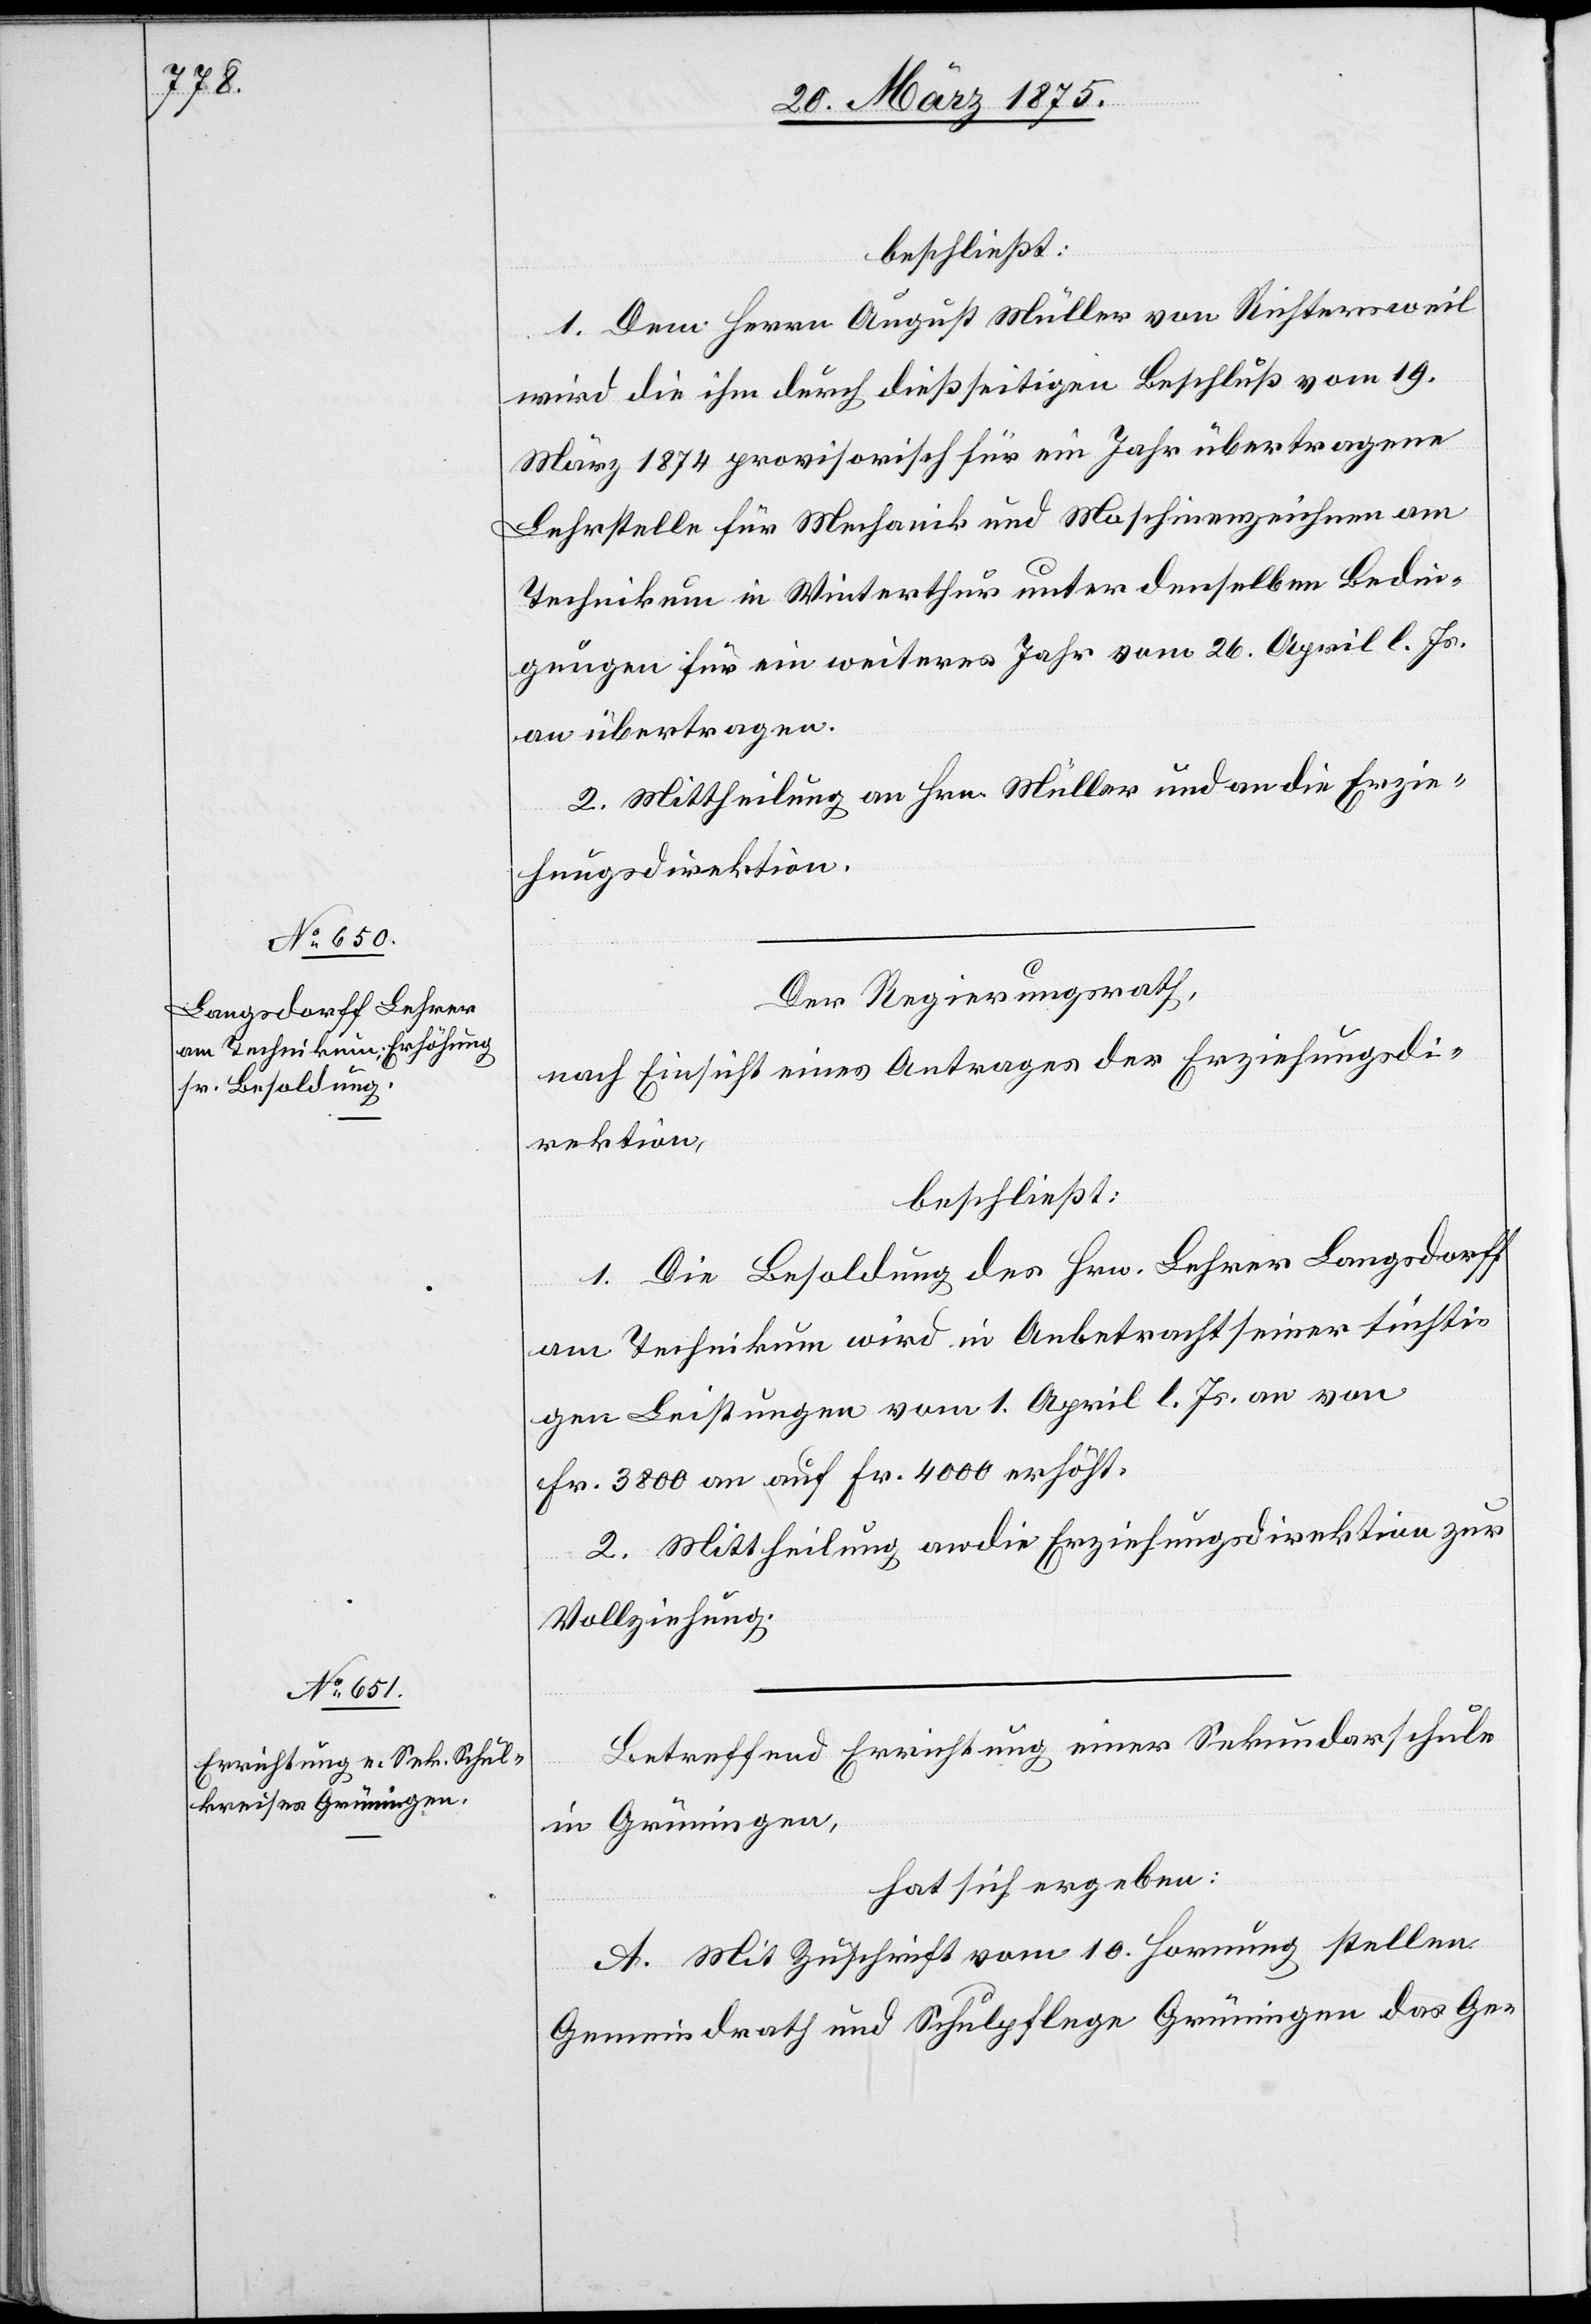
beschließt:
1. Dem Herrn August Müller von Richterswil
wird die ihm durch dießseitigen Beschluß vom 19.
März 1874 provisorisch für ein Jahr übertragene
Lehrstelle für Mechanik und Maschinenzeichnen am
Technikum in Winterthur unter denselben Bedin¬
gungen für ein weiteres Jahr vom 26. April l. Js.
an übertragen.
2. Mittheilung an Hrn. Müller und an die Erzie¬
hungsdirektion.
Der Regierungsrath,
nach Einsicht eines Antrages der Erziehungsdi¬
rektion,
beschließt:
1. Die Besoldung des Hrn. Lehrer Langsdorff
am Technikum wird in Anbetracht seiner tüchti¬
gen Leistungen vom 1. April l. Js. an von
Fr. 3800 an auf Fr. 4000 erhöht.
2. Mittheilung an die Erziehungsdirektion zur
Vollziehung.
Betreffend Errichtung einer Sekundarschule
in Grüningen
hat sich ergeben:
A. Mit Zuschrift vom 10. Hornung stellen
Gemeindrath und Schulpflege Grüningen das Ge-